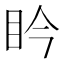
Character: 𥄯